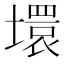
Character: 𡑡